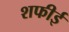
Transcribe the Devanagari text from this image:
शफीई